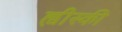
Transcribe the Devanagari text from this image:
ह्वीस्की